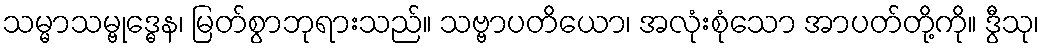
သမ္မာသမ္ဗုဒ္ဓေန၊ မြတ်စွာဘုရားသည်။ သဗ္ဗာပတိယော၊ အလုံးစုံသော အာပတ်တို့ကို။ ဒွီသု၊